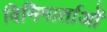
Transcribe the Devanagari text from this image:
विनिमार्ताओं